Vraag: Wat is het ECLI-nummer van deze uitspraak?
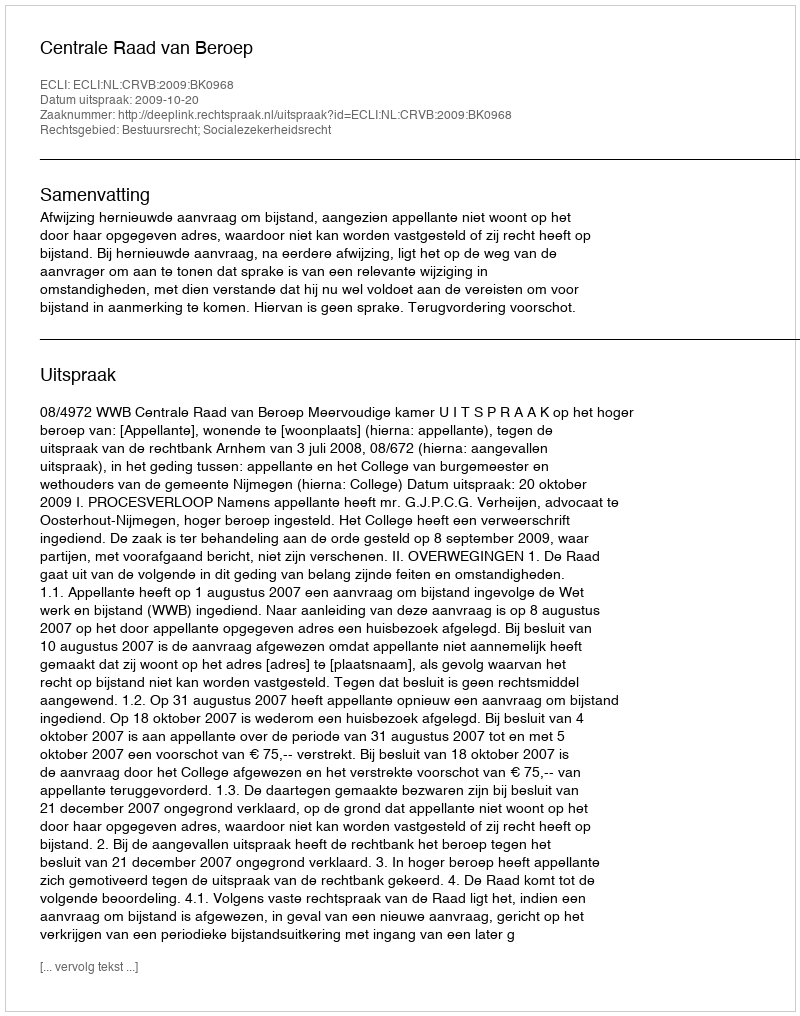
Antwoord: ECLI:NL:CRVB:2009:BK0968